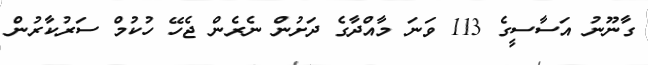
ގާނޫނު އަސާސީގެ 113 ވަނަ މާއްދާގެ ދަށުން ނެރެން ޖެހޭ ހުކުމް ސަރުކާރުން